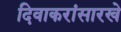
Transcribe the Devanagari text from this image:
दिवाकरांसारखे